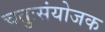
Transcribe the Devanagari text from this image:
चतुःसंयोजक